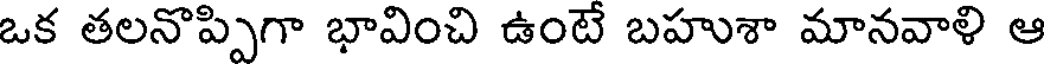
ఒక తలనొప్పిగా భావించి ఉంటే బహుశా మానవాళి ఆ